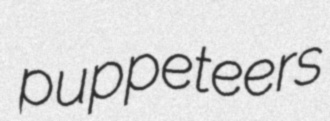
puppeteers